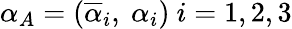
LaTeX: \alpha_{A}=(\overline{{{\alpha}}}_{i},\ \alpha_{i})\ i=1,2,3